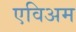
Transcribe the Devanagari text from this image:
एविअम